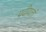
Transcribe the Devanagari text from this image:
प्रदीयतां